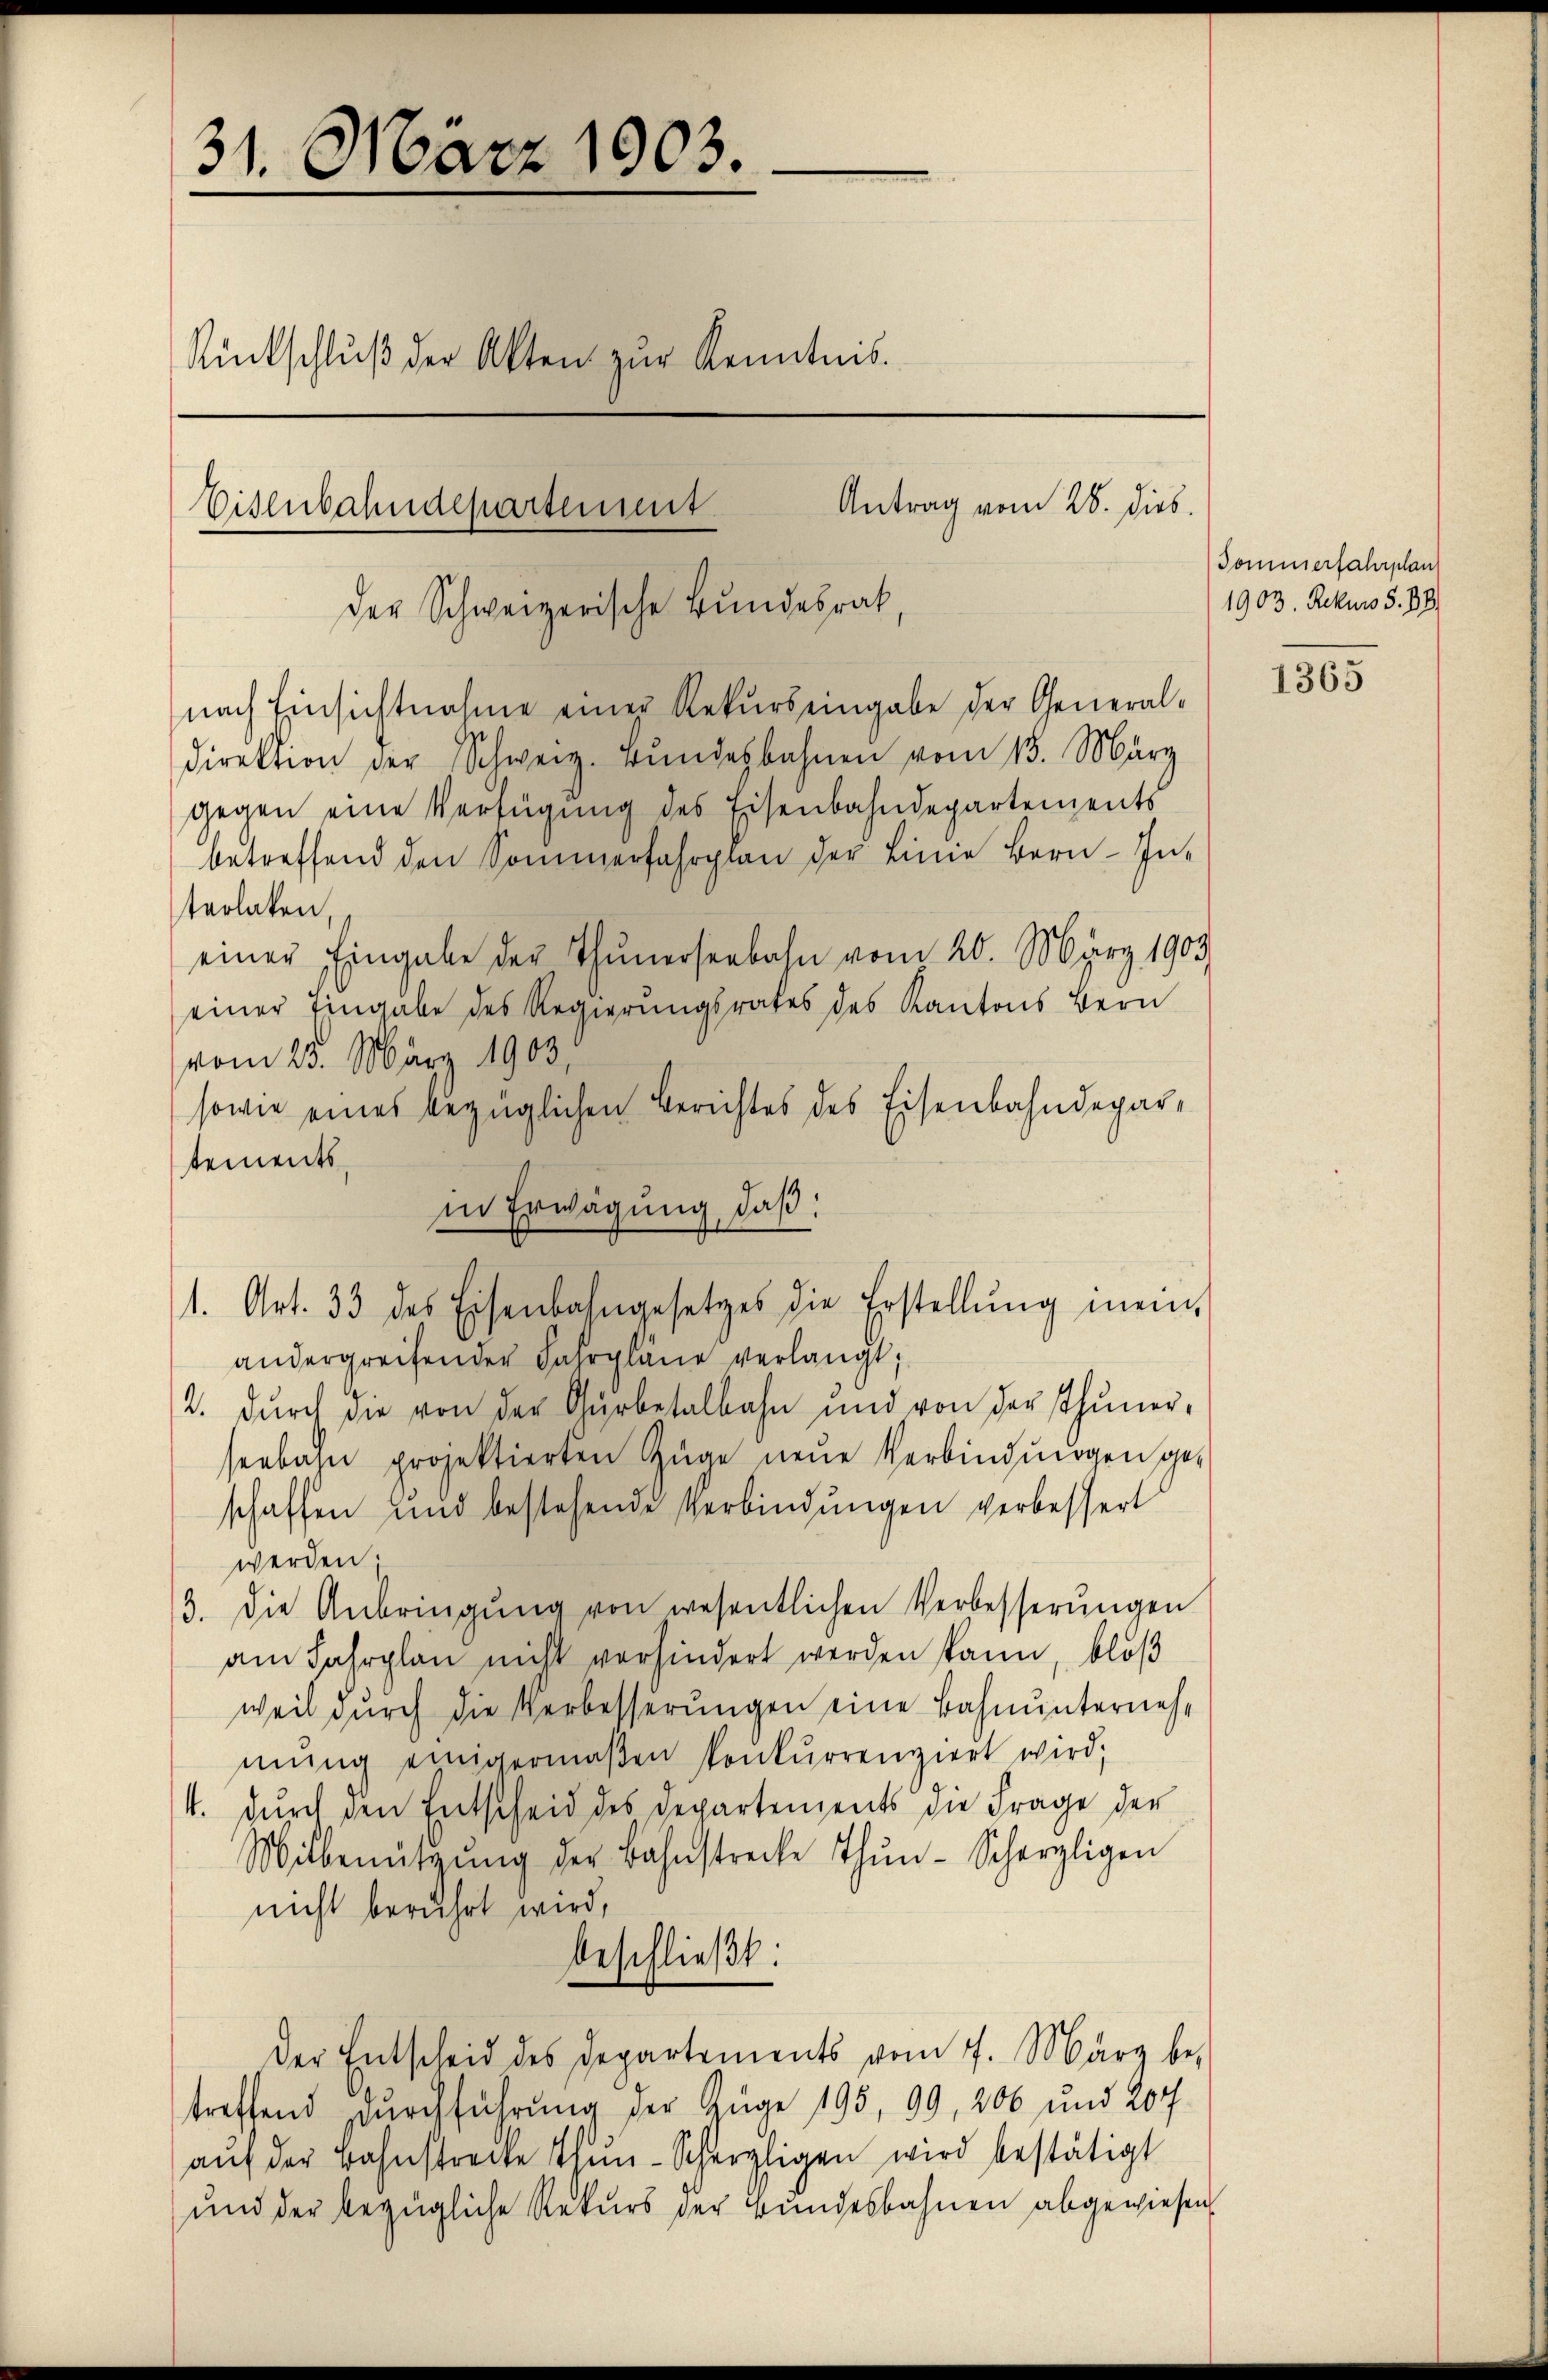
31. März 1903.
.
Rückschluß der Akten zur Kenntnis.
Antrag vom 28. Dieb
Eisenbahndepartement.
der Schweizerische Bundesrat,

nach Einsichtnahme einer Rekurs eingabe der General-
direktion der Schweiz. Bundesbahnen vom 15. März
gegen eine Verfügung des Eisenbahndepartements
betreffend den Sommerfahrplan der Linie Bern In-
terlaken,
einer Eingabe der Thunerseebahn vom 20. März 1903
einer Eingabe des Regierungsrates des Kantons Bern
vom 25. März 1903,
sowie eines bezüglichen Berichtes des Eisenbahndepartements.
in Erwägung, daß:
1. Art. 33 des Eisenbahngesetzes die Erstellŭng inei
andergreifender Fahrpläne verlangt;
2. dŭrch die von der Gürbetalbahn und von der Thuner-
seebahn projektierten Züge neue Verbindungen ge-
schaffen und bestehende Verbindŭngen verbessert
werden.
3. Die Anbringŭng von wesentlichen Verbesserŭngen
am Jahrplan nicht vorhindert werden kann, bloß
weil durch die Verbesserŭngen eine Bahnunternehmŭng einigermaβen konkurrenziert wird;
4. Durch den Entscheid des Departements die Frage der
Mitbenützŭng der Bahnstrecke thŭn-Scherzligen
nicht berührt wird,
beschließt:
der Entscheid des Departements vom 7. März be-
treffend durchführung der Züge 195, 99, 206 und 207
aŭf der Bahnstrecke thun-Scherzligen wird bestätigt
und der bezügliche Rekurs der Bundesbahnen abgewiesen.

Sommerfahrplan
1903. Rekurs S. 19

1365